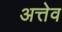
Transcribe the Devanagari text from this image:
अत्तेव